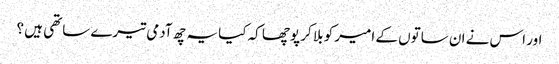
اور اس نے ان ساتوں کے امیر کو بلا کر پوچھا کہ کیا یہ چھ آدمی تیرے ساتھی ہیں ؟